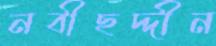
নবীছদ্দীন